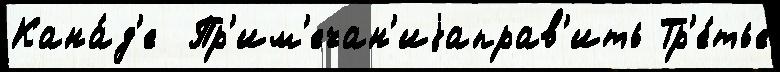
Кана́д'е  Пр'им'ечан'иjаправ'ить Тр'е́тье